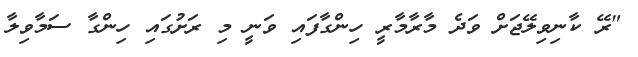
"ރޭ ކާނިވިލޭޖަށް ވަދެ މާރާމާރީ ހިންގާފައި ވަނީ މި ރަށުގައި ހިންގާ ސަމާވިލާ